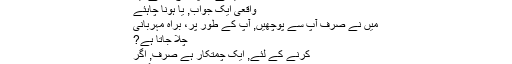
آپ سے مل کر اچھا لگا. کس طرح
یہ آپ پر ہے?
اس سوال کیا ہے? آپ توقع کرتے ہیں
واقعی ایک جواب, یا ہونا چاہئے
میں نے صرف آپ سے پوچھیں, آپ کے طور پر، براہ مہربانی
چلا جاتا ہے?
کرنے کے لئے, ایک چمتکار ہے صرف, اگر
سے ملاقات کریں گے.
لیکن آپ کو توقع ہے لیکن, میں سمجھتا ہوں کہ
بابا, میں ٹھیک ہوں!